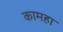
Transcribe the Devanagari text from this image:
कामहा